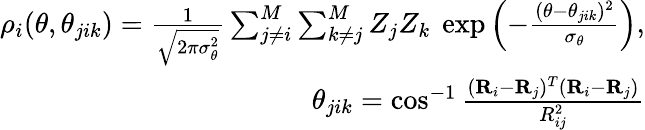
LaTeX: \begin{array}{r}{\rho_{i}(\theta,\theta_{jik})=\frac{1}{\sqrt{2\pi\sigma_{\theta}^{2}}}\sum_{j\neq i}^{M}\sum_{k\neq j}^{M}Z_{j}Z_{k}~\exp{\left(-\frac{(\theta-\theta_{jik})^{2}}{\sigma_{\theta}}\right)},}\\ {\theta_{jik}=\cos^{-1}\frac{(\mathbf{R}_{i}-\mathbf{R}_{j})^{T}(\mathbf{R}_{i}-\mathbf{R}_{j})}{R_{ij}^{2}}}\end{array}